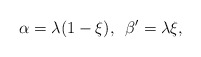
\begin{align*}\alpha = \lambda (1-\xi),\,\,\, \beta^{\prime} =\lambda \xi ,\end{align*}